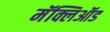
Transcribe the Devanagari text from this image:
मॅक्लिऑड